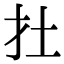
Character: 扗